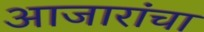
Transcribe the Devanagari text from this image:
आजारांचा